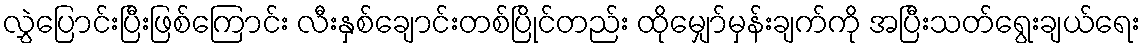
လွှဲပြောင်းပြီးဖြစ်ကြောင်း လီးနှစ်ချောင်းတစ်ပြိုင်တည်း ထိုမျှော်မှန်းချက်ကို အပြီးသတ်ရွေးချယ်ရေး